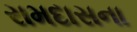
રામદાસના